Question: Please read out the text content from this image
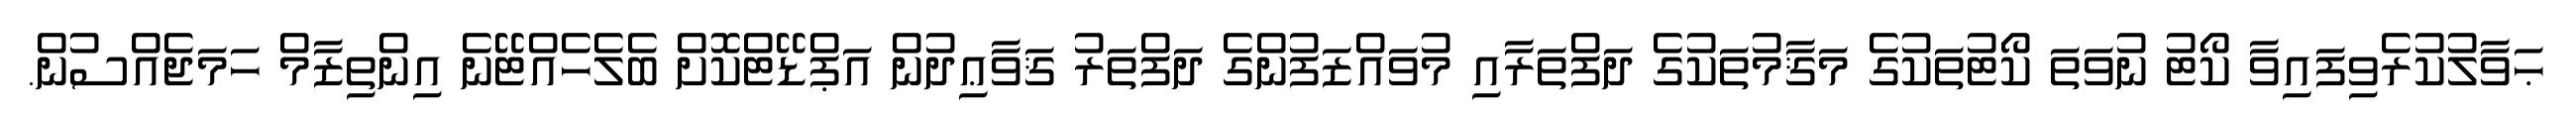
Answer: ޙަވާލުކުރެވިފައިވާ ކޯޓު ނުވަތަ ކޯޓުތަކުގެ މަޤާމުތަކުގެ ދަފްތަރާއި މުވައްޒަފުންގެ ދަފްތަރު ޤަވާޢިދުން އަޕްޑޭޓްކޮށް ބެލެހެއްޓޭނެ އިންތިޒާމް ހަމަޖެއްސުން.